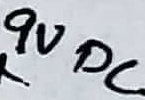
Text: 9VDC